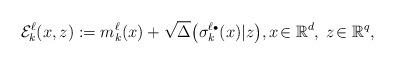
LaTeX: \begin{align*} {\cal E}_k^{\ell}(x,z) := m_k^{\ell}(x)+\sqrt{\Delta} \big(\sigma_k^{\ell {\scriptscriptstyle \bullet}} (x) \vert z\big), x\!\in \mathbb R^d, \; z \!\in \mathbb R^q, \end{align*}